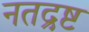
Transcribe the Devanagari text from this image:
नतद्रष्ट